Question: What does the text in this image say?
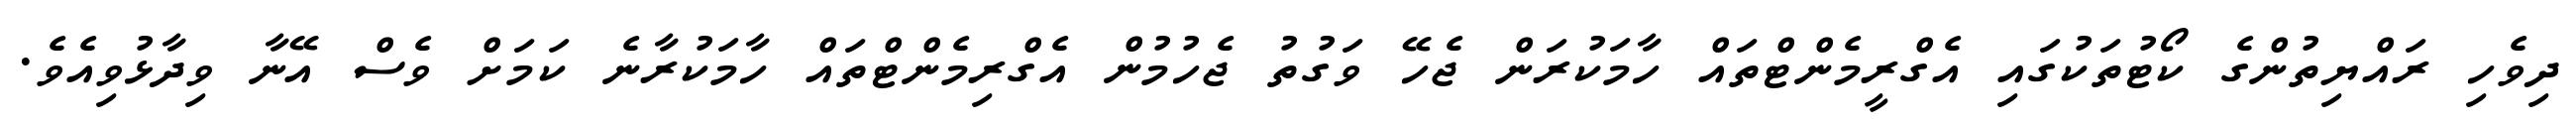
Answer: ދިވެހި ރައްޔިތުންގެ ކޯޓުތަކުގައި އެގްރީމެންޓްތައް ހާމަކުރަން ޖެހޭ ވަގުތު ޖެހުމުން އެގްރިމެންޓްތައް ހާމަކުރާނެ ކަމަށް ވެސް އޭނާ ވިދާޅުވިއެވެ.